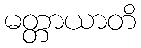
မတ္တာယာတိ